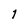
Character: 1